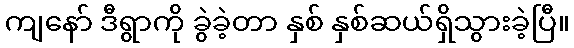
ကျနော် ဒီရွာကို ခွဲခဲ့တာ နှစ် နှစ်ဆယ်ရှိသွားခဲ့ပြီ။